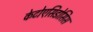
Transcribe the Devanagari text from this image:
केटोएसिडोसिस